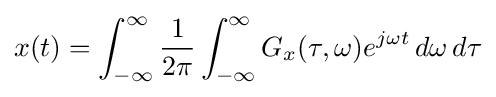
x(t)=\int _{-\infty }^{\infty }{\frac {1}{2\pi }}\int _{-\infty }^{\infty }G_{x}(\tau ,\omega )e^{j\omega t}\,d\omega \,d\tau